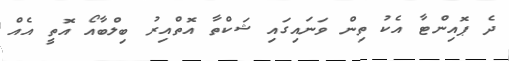
ދެ ޕޮއިންޓާ އެކު ތިން ވަނައިގައި ޝަކްތާ އޮތްއިރު ބިލްބާއޯ އޮތީ އެއް